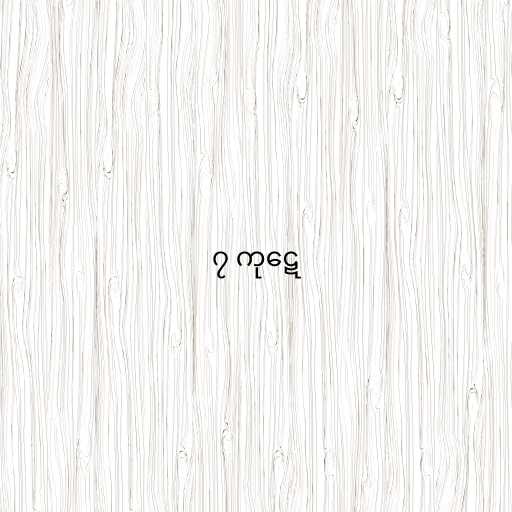
၇ ကုဋေ